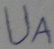
Text: UA